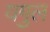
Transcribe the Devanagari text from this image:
यगुल